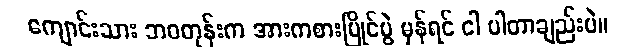
ကျောင်းသား ဘဝတုန်းက အားကစားပြိုင်ပွဲ မှန်ရင် ငါ ပါတာချည်းပဲ။